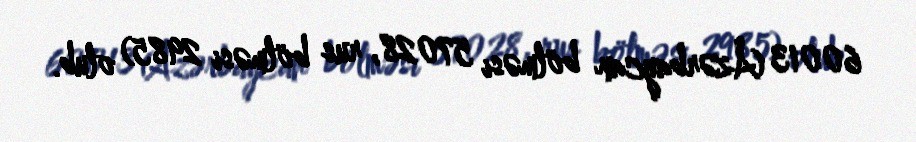
60013 (Azərbaycan bölməsi 57028, rus bölməsi 2985) olub.